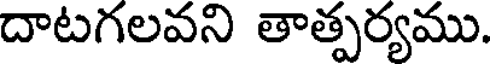
దాటగలవని తాత్పర్యము.